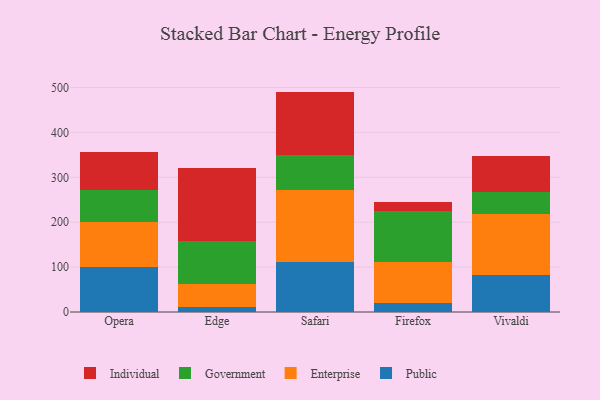
{"axis": {"x": "Browser", "y": "Conversion Rate (%)"}, "legend": ["Enterprise", "Government", "Individual", "Public"], "data": [{"x": "Opera", "y": 100.7, "type": "Public"}, {"x": "Opera", "y": 99.0, "type": "Enterprise"}, {"x": "Opera", "y": 72.9, "type": "Government"}, {"x": "Opera", "y": 83.5, "type": "Individual"}, {"x": "Edge", "y": 10.1, "type": "Public"}, {"x": "Edge", "y": 51.7, "type": "Enterprise"}, {"x": "Edge", "y": 96.1, "type": "Government"}, {"x": "Edge", "y": 162.9, "type": "Individual"}, {"x": "Safari", "y": 110.9, "type": "Public"}, {"x": "Safari", "y": 160.9, "type": "Enterprise"}, {"x": "Safari", "y": 77.2, "type": "Government"}, {"x": "Safari", "y": 141.9, "type": "Individual"}, {"x": "Firefox", "y": 19.8, "type": "Public"}, {"x": "Firefox", "y": 92.0, "type": "Enterprise"}, {"x": "Firefox", "y": 112.1, "type": "Government"}, {"x": "Firefox", "y": 20.6, "type": "Individual"}, {"x": "Vivaldi", "y": 82.9, "type": "Public"}, {"x": "Vivaldi", "y": 136.4, "type": "Enterprise"}, {"x": "Vivaldi", "y": 47.2, "type": "Government"}, {"x": "Vivaldi", "y": 79.9, "type": "Individual"}]}